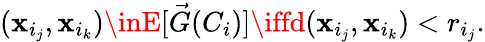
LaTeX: (\mathbf{x}_{i_{j}},\mathbf{x}_{i_{k}})\inE[\vec{{G}}(C_{i})]\iffd(\mathbf{x}_{i_{j}},\mathbf{x}_{i_{k}})<r_{i_{j}}.